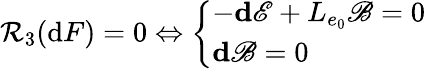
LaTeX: \mathcal{R}_{3}(\mathrm{d}F)=0\Leftrightarrow\left\{ \begin{array}{ll}{-\mathbf{d}\mathscr{E}+L_{e_{0}}\mathscr{B}=0}\\ {\mathbf{d}\mathscr{B}=0}\end{array}\right.